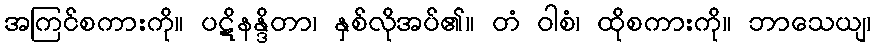
အကြင်စကားကို။ ပဋိနန္ဒိတာ၊ နှစ်လိုအပ်၏။ တံ ဝါစံ၊ ထိုစကားကို။ ဘာသေယျ၊